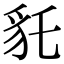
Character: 𧲢